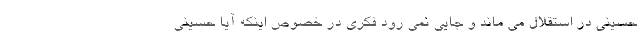
حسینی در استقلال می ماند و جایی نمی رود فکری در خصوص اینکه آیا حسینی